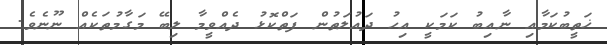
ޚަތީބުކަމާއި ނާއިބު ކަމަކީ އިހު ދައުލަތުން ފަތްކޮޅު ދެއްވީމާ ލިބޭ މަގާމުތަކެއް ނޫނެވެ.